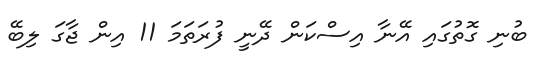
ބުނި ގޮތުގައި އޭނާ އިސްކަން ދޭނީ ފުރަތަމަ 11 އިން ޖާގަ ލިބޭ